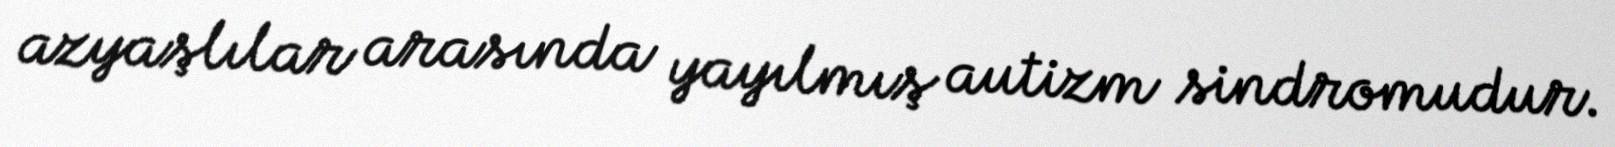
azyaşlılar arasında yayılmış autizm sindromudur.